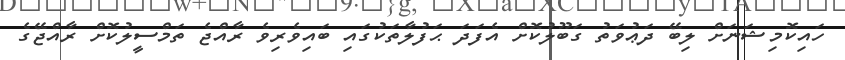
ހައިކޮމިޝަނަށް ލިބޭ ދަޢުވަތު ގަބޫލުކޮށް އެފަދަ ޙަފުލާތަކުގައި ބައިވެރިވެ ރާއްޖެ ތަމްސީލުކޮށް ރާއްޖޭގެ